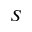
{ \cal S }